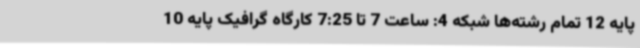
پایه 12 تمام رشته‌ها شبکه 4: ساعت 7 تا 7:25 کارگاه گرافیک پایه 10